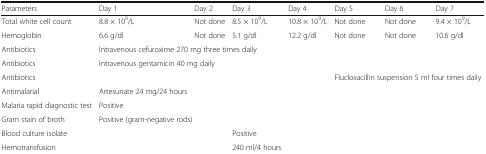
<table><thead><tr><td><b>Parameters</b></td><td><b>Day 1</b></td><td><b>Day 2</b></td><td><b>Day 3</b></td><td><b>Day 4</b></td><td><b>Day 5</b></td><td><b>Day 6</b></td><td><b>Day 7</b></td></tr></thead><tbody><tr><td>Total white cell count</td><td>8.8 × 10<sup>9</sup>/L</td><td>Not done</td><td>8.5 × 10<sup>9</sup>/L</td><td>10.8 × 10<sup>9</sup>/L</td><td>Not done</td><td>Not done</td><td>9.4 × 10<sup>9</sup>/L</td></tr><tr><td>Hemoglobin</td><td>6.6 g/dl</td><td>Not done</td><td>5.1 g/dl</td><td>12.2 g/dl</td><td>Not done</td><td>Not done</td><td>10.6 g/dl</td></tr><tr><td>Antibiotics</td><td colspan="3">Intravenous cefuroxime 270 mg three times daily</td><td></td><td></td><td></td><td></td></tr><tr><td>Antibiotics</td><td colspan="3">Intravenous gentamicin 40 mg daily</td><td></td><td></td><td></td><td></td></tr><tr><td>Antibiotics</td><td></td><td></td><td></td><td></td><td colspan="3">Flucloxacillin suspension 5 ml four times daily</td></tr><tr><td>Antimalarial</td><td>Artesunate 24 mg/24 hours</td><td></td><td></td><td></td><td></td><td></td><td></td></tr><tr><td>Malaria rapid diagnostic test</td><td>Positive</td><td></td><td></td><td></td><td></td><td></td><td></td></tr><tr><td>Gram stain of broth</td><td colspan="3">Positive (gram-negative rods)</td><td></td><td></td><td></td><td></td></tr><tr><td>Blood culture isolate</td><td></td><td></td><td>Positive</td><td></td><td></td><td></td><td></td></tr><tr><td>Hemotransfusion</td><td></td><td></td><td>240 ml/4 hours</td><td></td><td></td><td></td><td></td></tr></tbody></table>